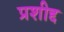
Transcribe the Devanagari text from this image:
प्रशीद्द